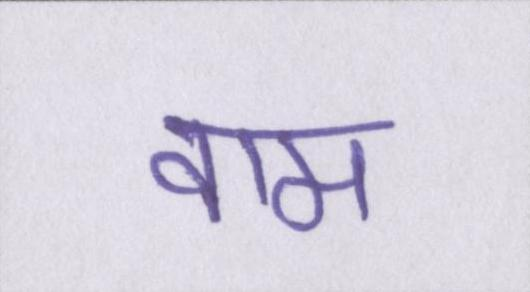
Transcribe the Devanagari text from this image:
वाम